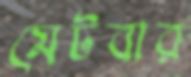
মেটবার